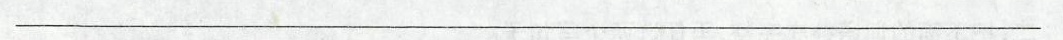
___